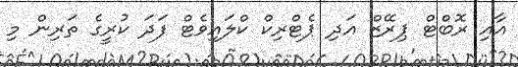
އާއި ރޮބްޓް ޕިރޭޒް އަދި ޕެޓްރިކް ކްލައިވެޓް ފަދަ ކުރީގެ ތަރިން މި